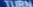
TURN